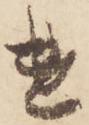
遣